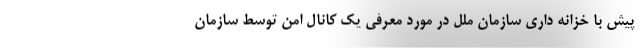
پیش با خزانه داری سازمان ملل در مورد معرفی یک کانال امن توسط سازمان